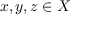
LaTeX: x , y , z \in X